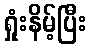
ရှုံးနိမ့်ပြီး